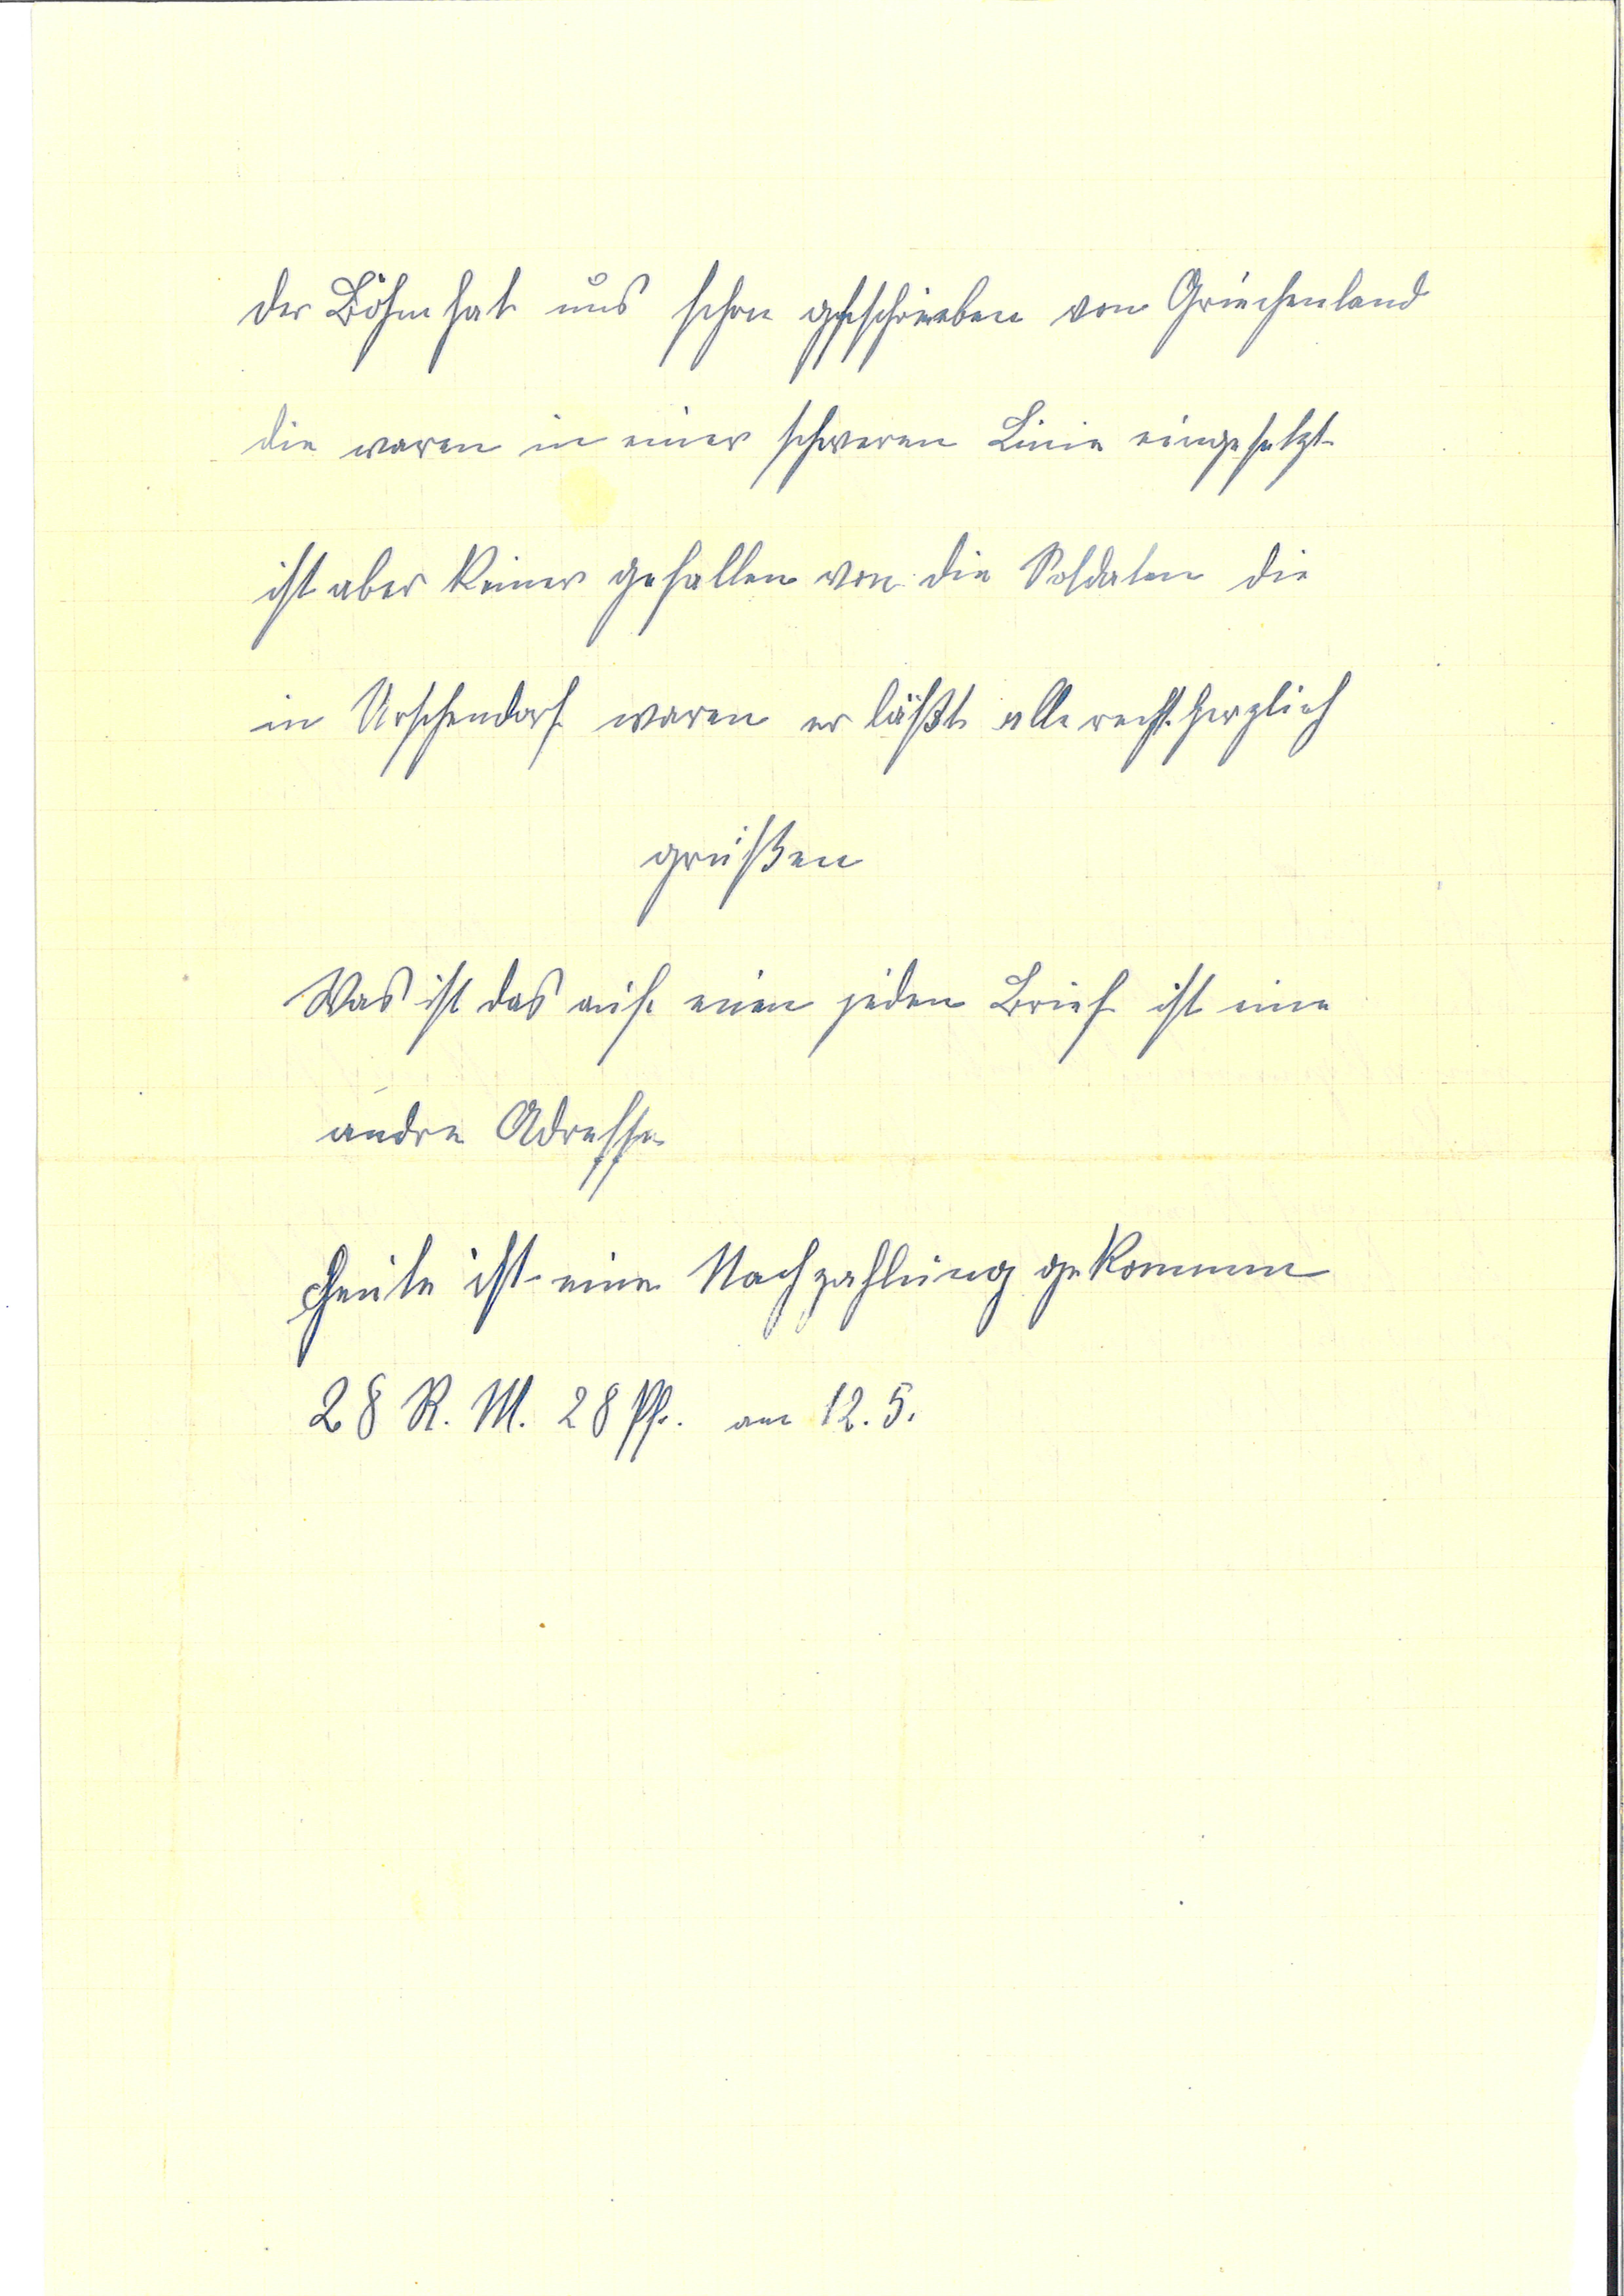
dr Böhm hat uns schon geschrieben von Griechenland
die waren in einer schweren Linie eingesetzt
ist aber keiner gefallen von die Soldaten die
in Urschendorf waren er lässt alle recht herzlich
grüßen
Was ist das auf einem jeden Brief ist eine
andre Adresse
Heute ist eine Nachzahlung gekommen
28 R.M. 28 Pf. am 12.5.